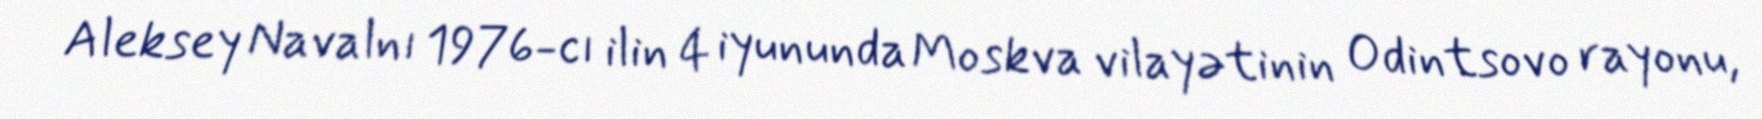
Aleksey Navalnı 1976-cı ilin 4 iyununda Moskva vilayətinin Odintsovo rayonu,